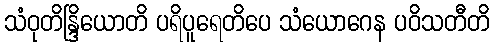
သံဝုတိန္ဒြိယောတိ ပရိပူရေတိပေ သံယောဂေန ပဝိသတီတိ